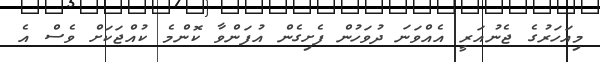
މިއަހަރުގެ ޖެނުއަރީ އެއްވަނަ ދުވަހުން ފެށިގެން އުފަންވާ ކޮންމެ ކުއްޖަކަށް ވެސް އެ